Source: Handwritten
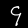
Digit: ၄ (4)